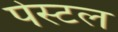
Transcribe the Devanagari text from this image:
पेस्‍टल